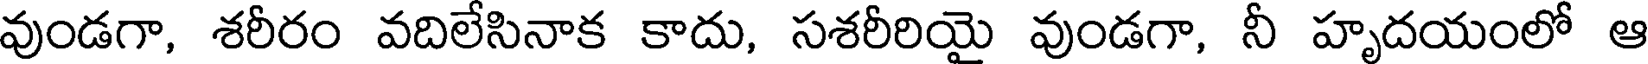
వుండగా, శరీరం వదిలేసినాక కాదు, సశరీరియై వుండగా, నీ హృదయంలో ఆ